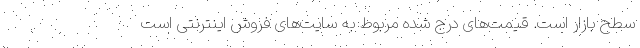
سطح بازار است. قیمت‌های درج شده مربوط به سایت‌های فروش اینترنتی است